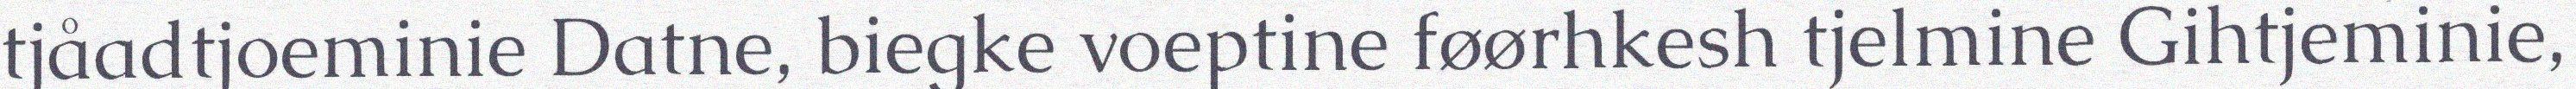
tjåadtjoeminie Datne, biegke voeptine føørhkesh tjelmine Gihtjeminie,